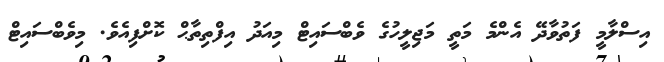
އިސްލާމީ ފަތުވާދޭ އެންމެ މަތީ މަޖިލީހުގެ ވެބްސައިޓް މިއަދު އިފްތިތާޙް ކޮށްފިއެވެ. މިވެބްސައިޓް